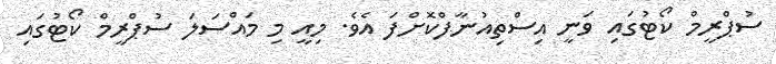
ސުޕްރީމް ކޯޓުގައި ވަނީ އިސްތިއުނާފްކޮށްފަ އެވެ. މިއީ މި މައްސަލަ ސުޕްރީމް ކޯޓުގައި